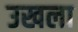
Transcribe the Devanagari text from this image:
उखला